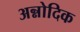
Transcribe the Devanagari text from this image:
अन्नोदिक